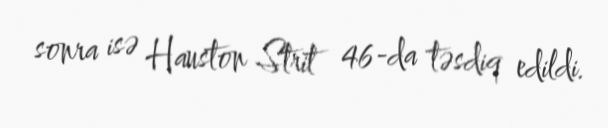
sonra isə Hauston Strit 46-da təsdiq edildi.